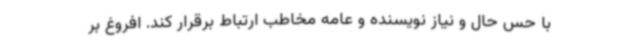
با حس حال و نیاز نویسنده و عامه مخاطب ارتباط برقرار کند. افروغ بر